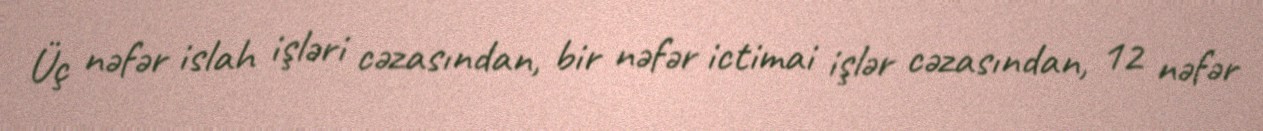
Üç nəfər islah işləri cəzasından, bir nəfər ictimai işlər cəzasından, 12 nəfər